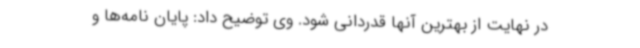
در نهایت از بهترین آنها قدردانی شود. وی توضیح داد: پایان نامه‌ها و